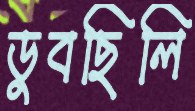
ডুবছিলি